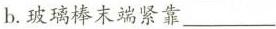
b.玻璃棒末端紧靠___